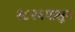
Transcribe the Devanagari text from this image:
१८२६पासून